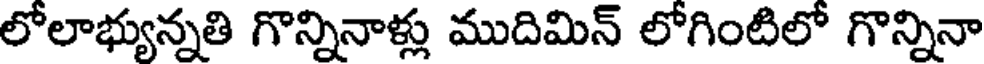
లోలాభ్యున్నతి గొన్నినాళ్లు ముదిమిన్ లోగింటిలో గొన్నినా